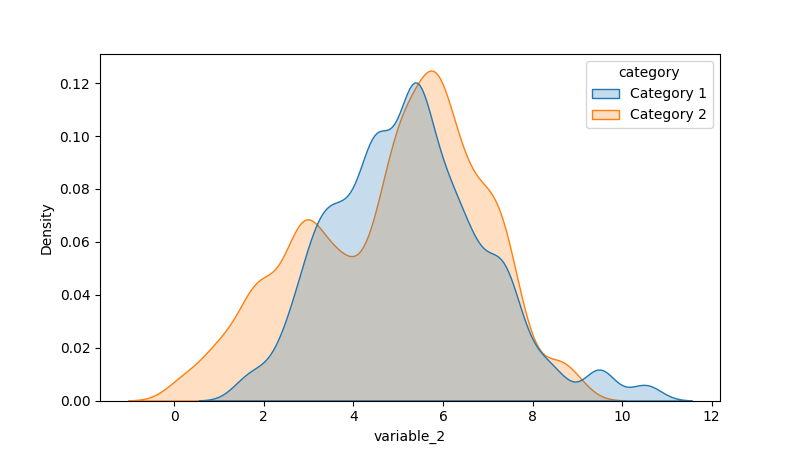
python, seaborn, kdeplot, hue='category', fill=True, bw_adjust=0.5